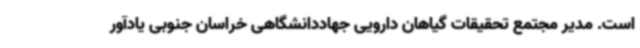
است. مدیر مجتمع تحقیقات گیاهان دارویی جهاددانشگاهی خراسان جنوبی یادآور